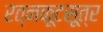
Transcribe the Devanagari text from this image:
रत्नकूटसूत्र